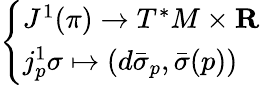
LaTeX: \left\{ \begin{array}{ll}{J^{1}(\pi)\to T^{*}M\times\mathbf{R}}\\ {j_{p}^{1}\sigma\mapsto\left(d{\bar{\sigma}}_{p},{\bar{\sigma}}(p)\right)}\end{array}\right.